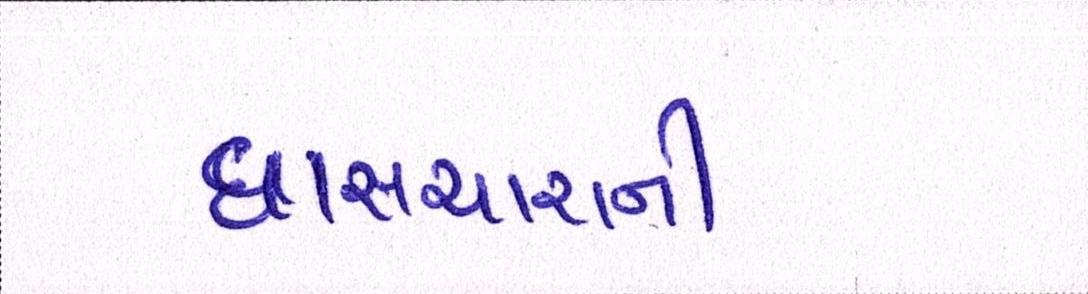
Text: ઘાંસચારાની